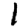
Digit: 1